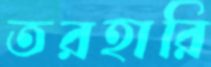
তরহারি